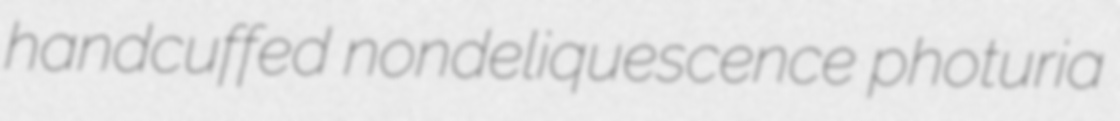
handcuffed nondeliquescence photuria